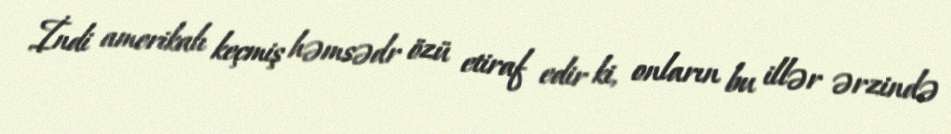
İndi amerikalı keçmiş həmsədr özü etiraf edir ki, onların bu illər ərzində